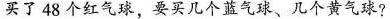
买了48个红气球，要买几个蓝气球、几个黄气球?